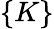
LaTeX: \{ K\}